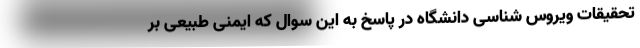
تحقیقات ویروس شناسی دانشگاه در پاسخ به این سوال که ایمنی طبیعی بر